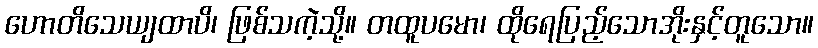
ဟောတိသေယျထာပိ၊ ဖြစ်သကဲ့သို့။ တထူပမော၊ ထိုရေပြည့်သောအိုးနှင့်တူသော။